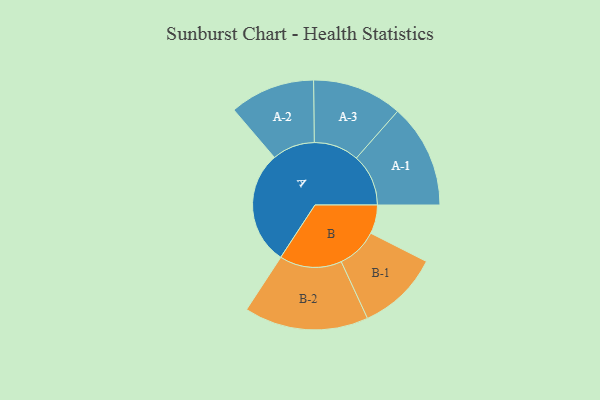
{"axis": {"x": "Segment", "y": "Value"}, "legend": ["", "A", "B"], "data": [{"x": "A", "y": 483, "type": ""}, {"x": "B", "y": 122, "type": ""}, {"x": "A-1", "y": 221, "type": "A"}, {"x": "A-2", "y": 181, "type": "A"}, {"x": "A-3", "y": 191, "type": "A"}, {"x": "B-1", "y": 174, "type": "B"}, {"x": "B-2", "y": 264, "type": "B"}]}